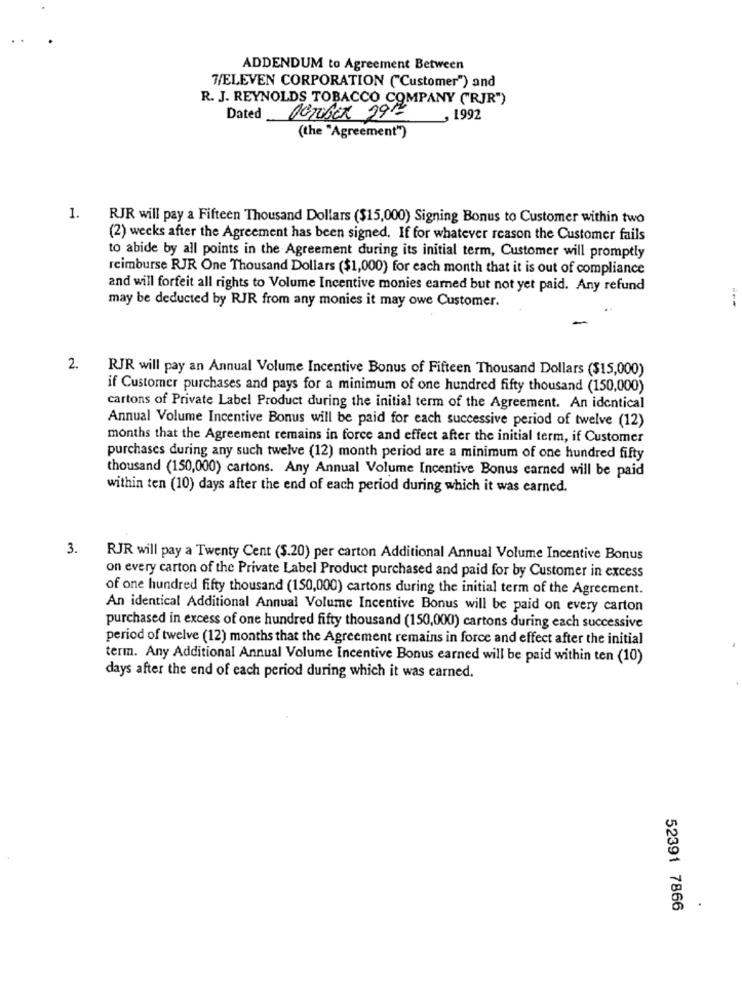
ADDENDUM to Agreement Between
7/ELEVEN CORPORATION ("Customer") and
R. J. REYNOLDS TOBACCO COMPANY (RJR")
Dated
Derober 29th
, 1992
(the "Agreement")
1.
RJR will pay a Fifteen Thousand Dollars ($15,000) Signing Bonus to Customer within two
(2) weeks after the Agreement has been signed. If for whatever reason the Customer fails
to abide by all points in the Agreement during its initial term, Customer will promptly
reimburse RJR One Thousand Dollars ($1,000) for each month that it is out of compliance
and will forfeit all rights to Volume Incentive monies earned but not yet paid. Any refund
may be deducted by RJR from any monies it may owe Customer.
2.
RJR will pay an Annual Volume Incentive Bonus of Fifteen Thousand Dollars ($15,000)
if Customer purchases and pays for a minimum of one hundred fifty thousand (150,000)
cartons of Private Label Product during the initial term of the Agreement. An identical
Annual Volume Incentive Bonus will be paid for each successive period of twelve (12)
months that the Agreement remains in force and effect after the initial term, if Customer
purchases during any such twelve (12) month period are a minimum of one hundred fifty
thousand (150,000) cartons. Any Annual Volume Incentive Bonus earned will be paid
within ten (10) days after the end of each period during which it was earned.
3.
RJR will pay a Twenty Cent ($.20) per carton Additional Annual Volume Incentive Bonus
on every carton of the Private Label Product purchased and paid for by Customer in excess
of one hundred fifty thousand (150,000) cartons during the initial term of the Agreement.
An identical Additional Annual Volume Incentive Bonus will be paid on every carton
purchased in excess of one hundred fifty thousand (150,000) cartons during each successive
period of twelve (12) months that the Agreement remains in force and effect after the initial
term. Any Additional Annual Volume Incentive Bonus earned will be paid within ten (10)
days after the end of each period during which it was earned.
.
52391 7866